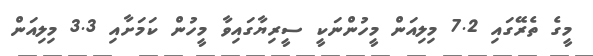
މީގެ ތެރޭގައި 7.2 މިލިއަން މީހުންނަކީ ސީރިޔާގައިވާ މީހުން ކަމަށާއި 3.3 މިލިއަން